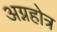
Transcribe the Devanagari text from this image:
अग्नहोत्र